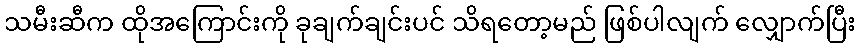
သမီးဆီက ထိုအကြောင်းကို ခုချက်ချင်းပင် သိရတော့မည် ဖြစ်ပါလျက် လျှောက်ပြီး